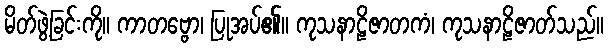
မိတ်ဖွဲ့ခြင်းကို။ ကာတဗ္ဗော၊ ပြုအပ်၏။ ကုသနာဠိဇာတကံ၊ ကုသနာဠိဇာတ်သည်။